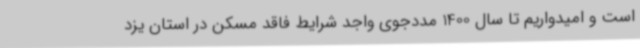
است و امیدواریم تا سال 1400 مددجوی واجد شرایط فاقد مسکن در استان یزد